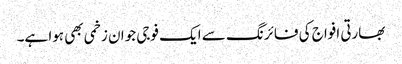
بھارتی افواج کی فائرنگ سے ایک فوجی جوان زخمی بھی ہوا ہے۔